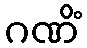
ဂဏိံ